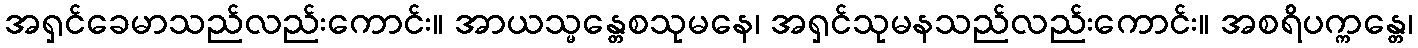
အရှင်ခေမာသည်လည်းကောင်း။ အာယသ္မန္တေစသုမနေ၊ အရှင်သုမနသည်လည်းကောင်း။ အစရိပက္ကန္တေ၊